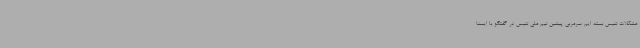
مشکلات تنیس بسته ایم سرمربی پیشین تیم ملی تنیس در گفتگو با ایسنا